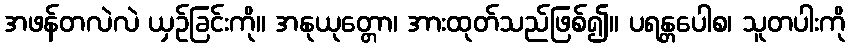
အဖန်တလဲလဲ ယှဉ်ခြင်းကို။ အနုယုတ္တော၊ အားထုတ်သည်ဖြစ်၍။ ပရန္တပေါစ၊ သူတပါးကို